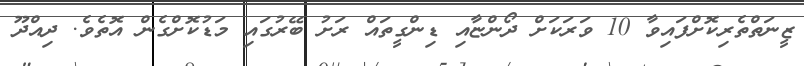
ޒީނަތްތެރިކޮށްފައިވާ 10 ވަރަކަށް ދޯންޏާއި ޑިންގީތައް ރަށު ބޭރުގައި މަޑުކޮށްގެން އޮތެވެ. ދިއްދޫ